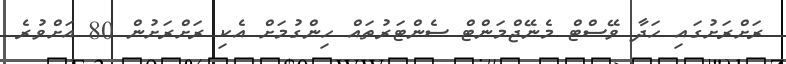
ރަށްރަށުގައި ހަދާ ވޭސްޓް މެނޭޖްމަންޓް ސެންޓަރުތައް ހިންގުމަށް އެކި ރަށްރަށުން 80 އަށްވުރެ